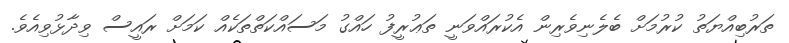
ތަރުބިއްޔަތު ކުރުމަށް ބެލެނިވެރިން އެކުރައްވަނީ ތަޢުރީފު ހައްގު މަސައްކަތްތަކެއް ކަމަށް ރައީސް ވިދާޅުވިއެވެ.